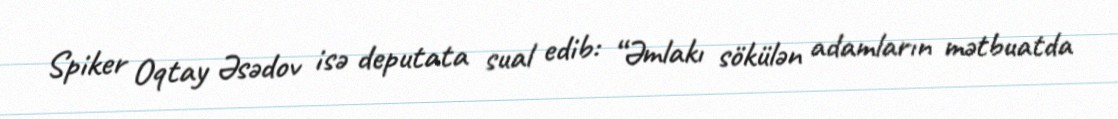
Spiker Oqtay Əsədov isə deputata sual edib: “Əmlakı sökülən adamların mətbuatda